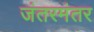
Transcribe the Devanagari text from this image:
जंतरमंतर